Civil Veterinary Department. Madras. Admin. report 1910-25 - 1910-1925
Year: 1910
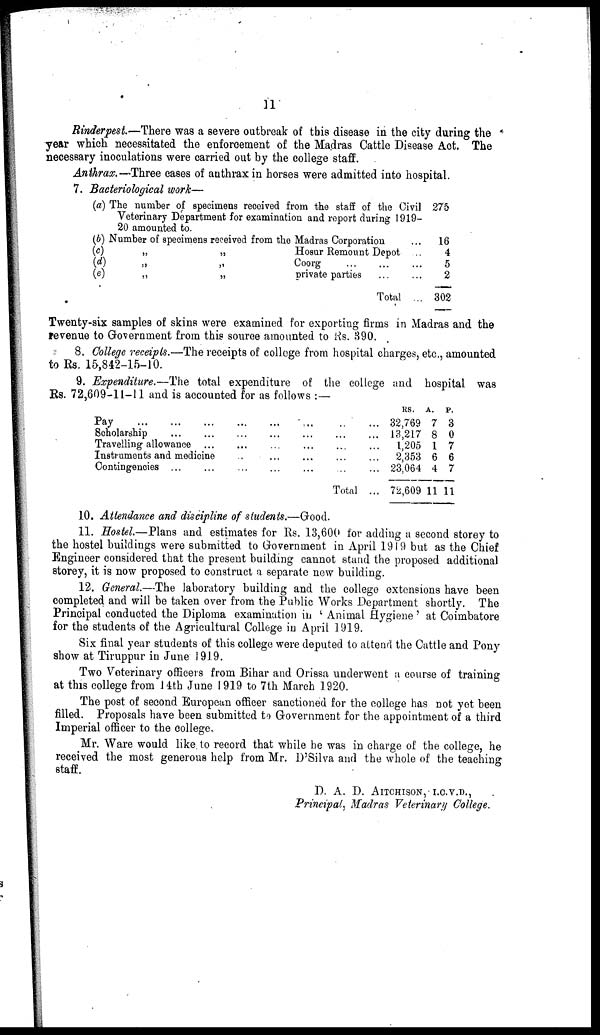
11
Rinderpest.—There was a severe outbreak of this disease in the city during the
year which necessitated the enforcement of the Madras Cattle Disease Act. The
necessary inoculations were carried out by the college staff.
Anthrax.—Three cases of anthrax in horses were admitted into hospital.
7. Bacteriological work—
(a) The number of specimens received from the staff of the Civil 275
Veterinary Department for examination and report during 1919—
20 amounted to.
(b) Number of specimens received from the Madras Corporation
(c)
„
„
Hosur Remount Depot
(d)
„
„
Coorg
...
...
(e)
„
„
private parties ...
Total
...
...
...
...
...
16
4
5
2
302
Twenty-six samples of skins were examined for exporting firms in Madras and the
revenue to Government from this source amounted to Rs. 390.
8. College receipts.—The receipts of college from hospital charges, etc., amounted
to Rs. 15,842-15-10.
9. Expenditure.—The total expenditure of the college and hospital was
Rs. 72,609-11-11 and is accounted for as follows :—
Pay ... ... ...
Scholarship
...
...
Travelling allowance
Instruments and medicine
Contingencies ... ...
...
...
...
...
...
...
...
...
...
...
...
...
...
...
...
...
...
...
...
...
Total
...
...
...
...
...
...
RS. A. P.
32,769 7 3
13,217 8 0
1,205 1 7
2,353 6 6
23,064 4 7
72,609 11 11
10. Attendance and discipline of students.—Good.
11. Hostel.—Plans and estimates for Rs. 13,600 for adding a second storey to
the hostel buildings were submitted to Government in April 1919 but as the Chief
Engineer considered that the present building cannot stand the proposed additional
storey, it is now proposed to construct a separate new building.
12. General.—The laboratory building and the college extensions have been
completed and will be taken over from the Public Works Department shortly. The
Principal conducted the Diploma examination in 'Animal Hygiene' at Coimbatore
for the students of the Agricultural College in April 1919.
Six final year students of this college were deputed to attend the Cattle and Pony
show at Tiruppur in June 1919.
Two Veterinary officers from Bihar and Orissa underwent a course of training
at this college from 14th June 1919 to 7th March 1920.
The post of second European officer sanctioned for the college has not yet been
filled. Proposals have been submitted to Government for the appointment of a third
Imperial officer to the college.
Mr. Ware would like to record that while he was in charge of the college, he
received the most generous help from Mr. D'Silva and the whole of the teaching
staff.
D. A. D. AITCHISON, I.C.V.D.,
Principal, Madras Veterinary College.